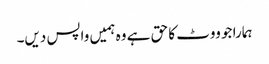
ہمارا جو ووٹ کا حق ہے وہ ہمیں واپس دیں۔